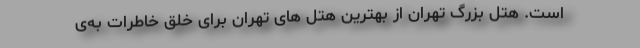
است. هتل بزرگ تهران از بهترین هتل‌ های تهران برای خلق خاطرات به‌ی